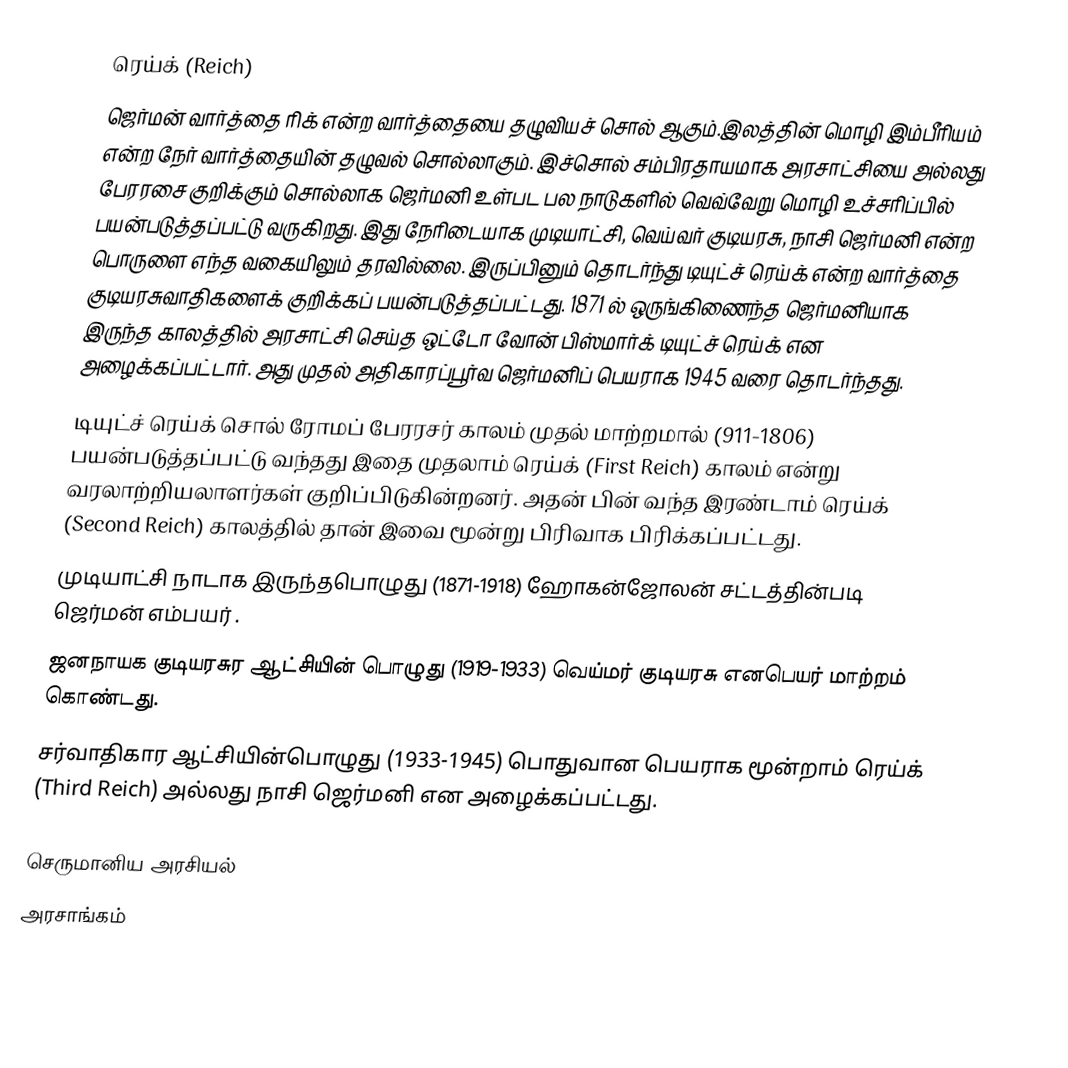
ரெய்க் (Reich)
ஜெர்மன் வார்த்தை ரிக் என்ற வார்த்தையை தழுவியச் சொல் ஆகும்.இலத்தின் மொழி இம்பீரியம் என்ற நேர் வார்த்தையின்  தழுவல் சொல்லாகும். இச்சொல் சம்பிரதாயமாக அரசாட்சியை அல்லது பேரரசை குறிக்கும் சொல்லாக ஜெர்மனி உள்பட பல நாடுகளில் வெவ்வேறு மொழி உச்சரிப்பில் பயன்படுத்தப்பட்டு வருகிறது.  இது நேரிடையாக முடியாட்சி, வெய்வர் குடியரசு, நாசி ஜெர்மனி என்ற பொருளை எந்த வகையிலும் தரவில்லை. இருப்பினும் தொடர்ந்து டியுட்ச் ரெய்க் என்ற வார்த்தை குடியரசுவாதிகளைக் குறிக்கப் பயன்படுத்தப்பட்டது. 1871 ல் ஒருங்கிணைந்த ஜெர்மனியாக இருந்த  காலத்தில் அரசாட்சி செய்த ஒட்டோ வோன் பிஸ்மார்க் டியுட்ச் ரெய்க் என அழைக்கப்பட்டார். அது முதல் அதிகாரப்பூர்வ ஜெர்மனிப் பெயராக 1945 வரை தொடர்ந்தது.
டியுட்ச் ரெய்க் சொல் ரோமப் பேரரசர் காலம் முதல் மாற்றமால்  (911-1806) பயன்படுத்தப்பட்டு  வந்தது இதை முதலாம் ரெய்க் (First Reich) காலம்  என்று வரலாற்றியலாளர்கள் குறிப்பிடுகின்றனர். அதன் பின் வந்த இரண்டாம் ரெய்க் (Second Reich) காலத்தில் தான் இவை மூன்று பிரிவாக பிரிக்கப்பட்டது.
முடியாட்சி நாடாக இருந்தபொழுது (1871-1918) ஹோகன்ஜோலன் சட்டத்தின்படி ஜெர்மன் எம்பயர் .
ஜனநாயக குடியரசுர ஆட்சியின் பொழுது (1919-1933)  வெய்மர் குடியரசு எனபெயர் மாற்றம் கொண்டது.
சர்வாதிகார ஆட்சியின்பொழுது (1933-1945) பொதுவான பெயராக மூன்றாம் ரெய்க் (Third Reich) அல்லது நாசி ஜெர்மனி என அழைக்கப்பட்டது.

செருமானிய அரசியல்
அரசாங்கம்